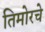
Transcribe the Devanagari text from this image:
तिमोरचे